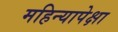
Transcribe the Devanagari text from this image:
महिन्यापेक्षा